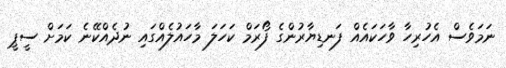
ނަމަވެސް އެހުރިހާ ވާހަކައެއް ފަނޑިޔާރުންގެ ފޯރަމް ކަހަލަ މާހައުލެއްގައި ނުދެއްކޭނެ ކަމަށް ސީޕީ